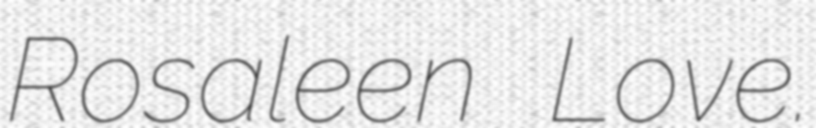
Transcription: Rosaleen Love.